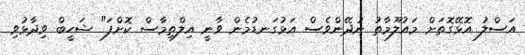
އަސްލު އޮޅޭގޮތަށް މައުލޫމާތު ނުދޭންވެސް އަޅުގަނޑުމެން ވާނީ އިލްތިމާސް ކޮށްފަ" ޝަހީބް ވިދާޅުވި